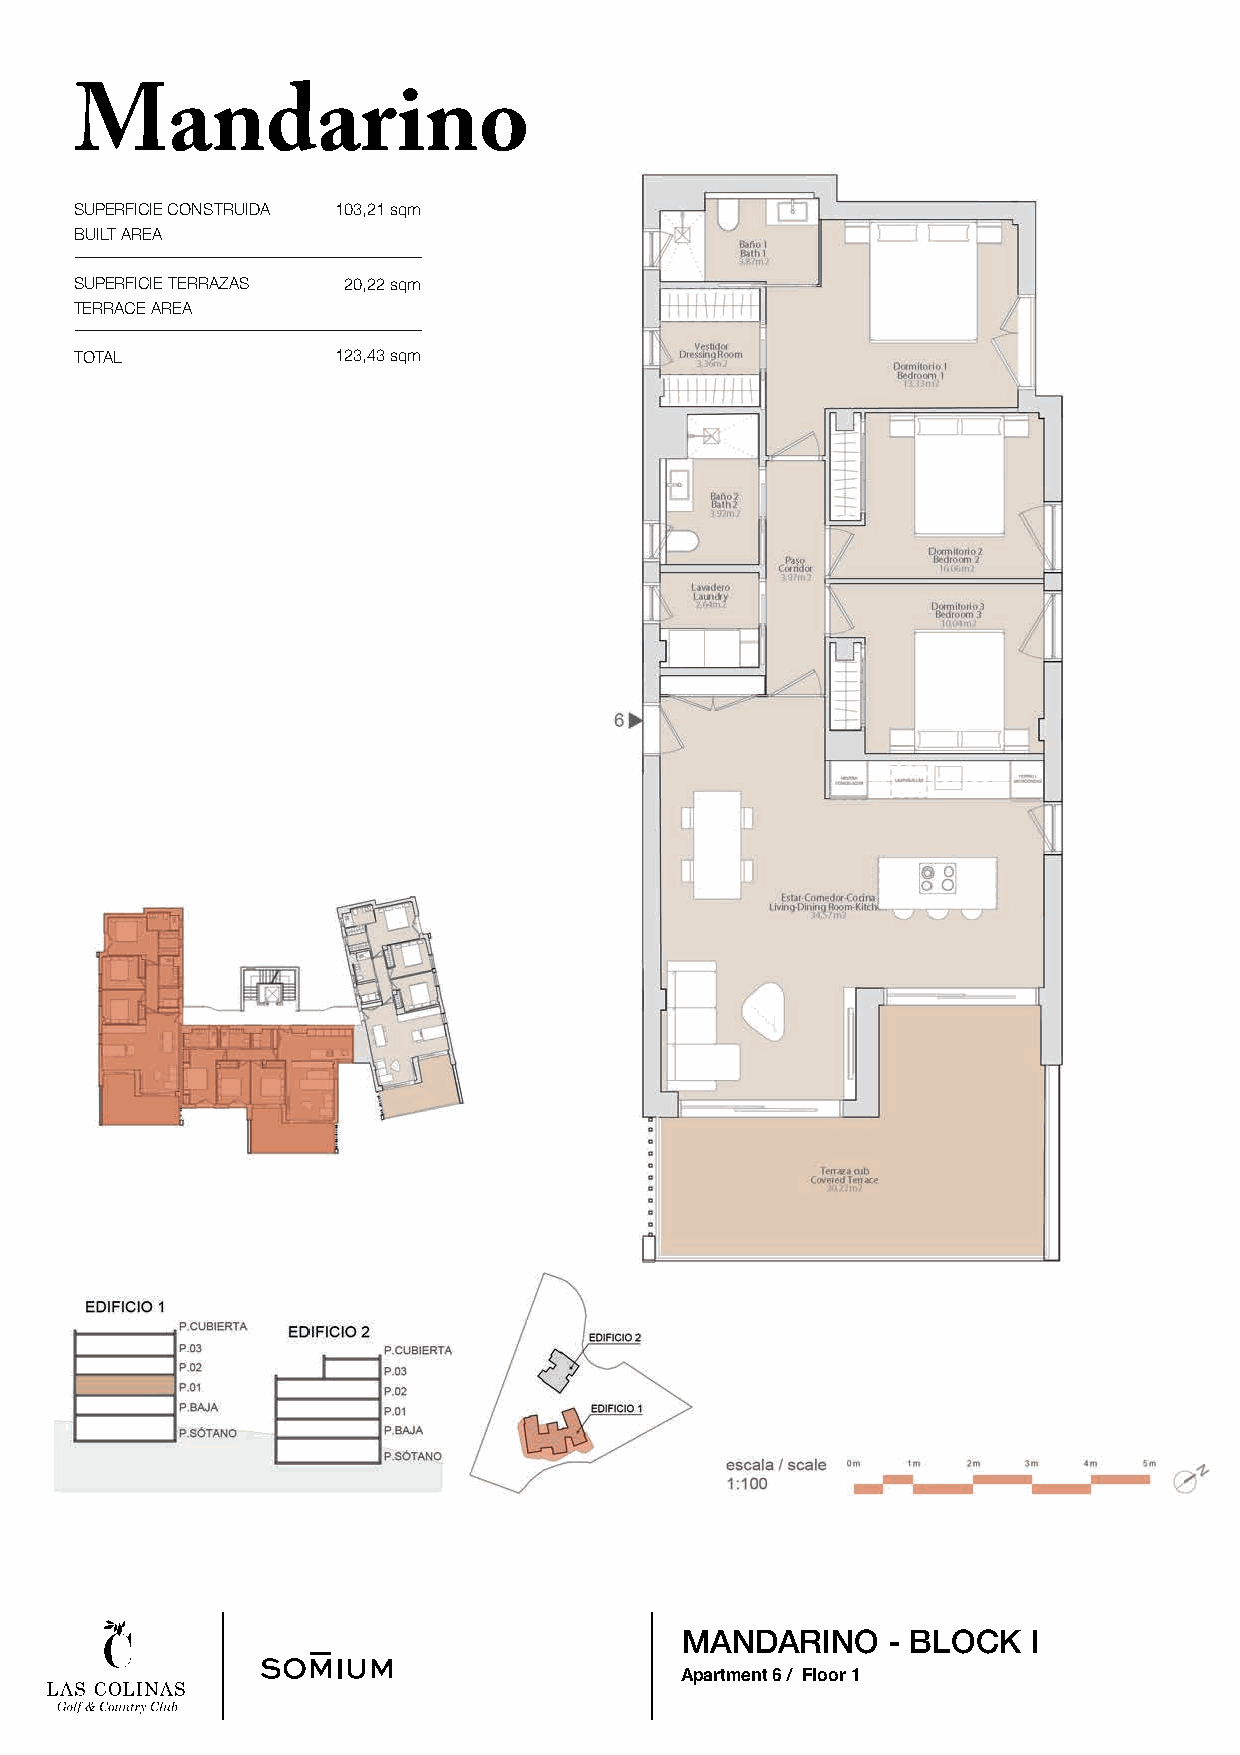
Mandarino
 SUPERFICIE CONSTRUIDA 103,21 sqm
 BUILT AREA
 SUPERFICIE TERRAZAS 20,22 sqm
 TERRACE AREA
 TOTAL            123,43 sqm
 MANDARINO     - BLOCK  I
 Apartment 6 / Floor 1